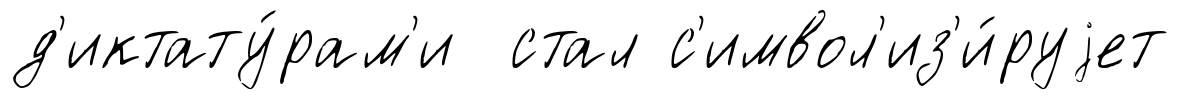
д'иктату́рам'и стал с'имвол'из'и́руjет